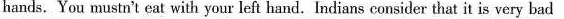
hands. You mustn't eat with your left hand. Indians consider that it is very bad